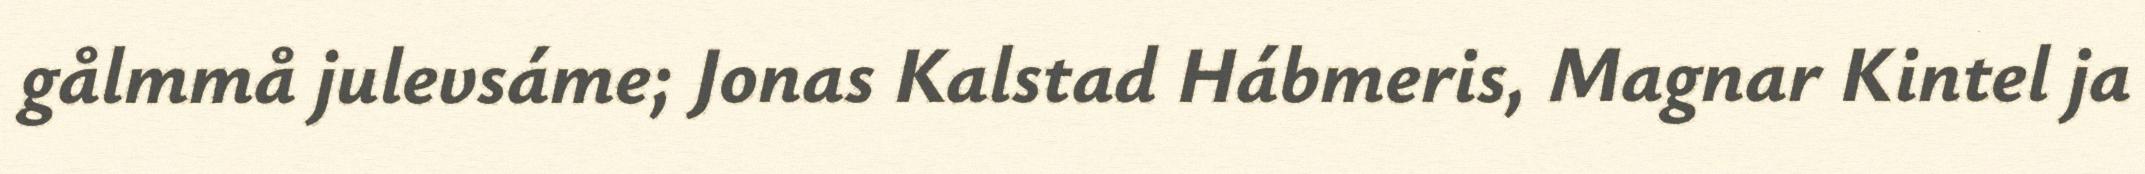
gålmmå julevsáme; Jonas Kalstad Hábmeris, Magnar Kintel ja